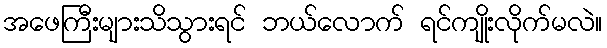
အဖေကြီးများသိသွားရင် ဘယ်လောက် ရင်ကျိုးလိုက်မလဲ။